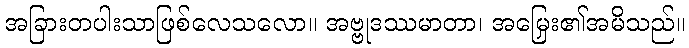
အခြားတပါးသာဖြစ်လေသလော။ အဗ္ဗုဒဿမာတာ၊ အမြှေး၏အမိသည်။